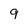
Character: 9